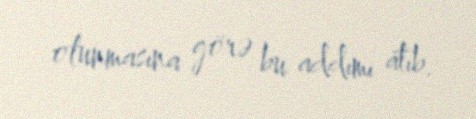
olunmasına görə bu addımı atıb.